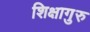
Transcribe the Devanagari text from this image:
शिक्षागुरु